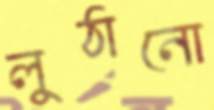
লুঠানো